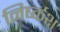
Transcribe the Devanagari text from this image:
निर्ष्कश